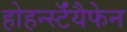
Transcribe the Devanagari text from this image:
होहर्न्स्टॅयैफेन